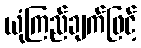
ယုံကြည်ချက်ဖြင့်